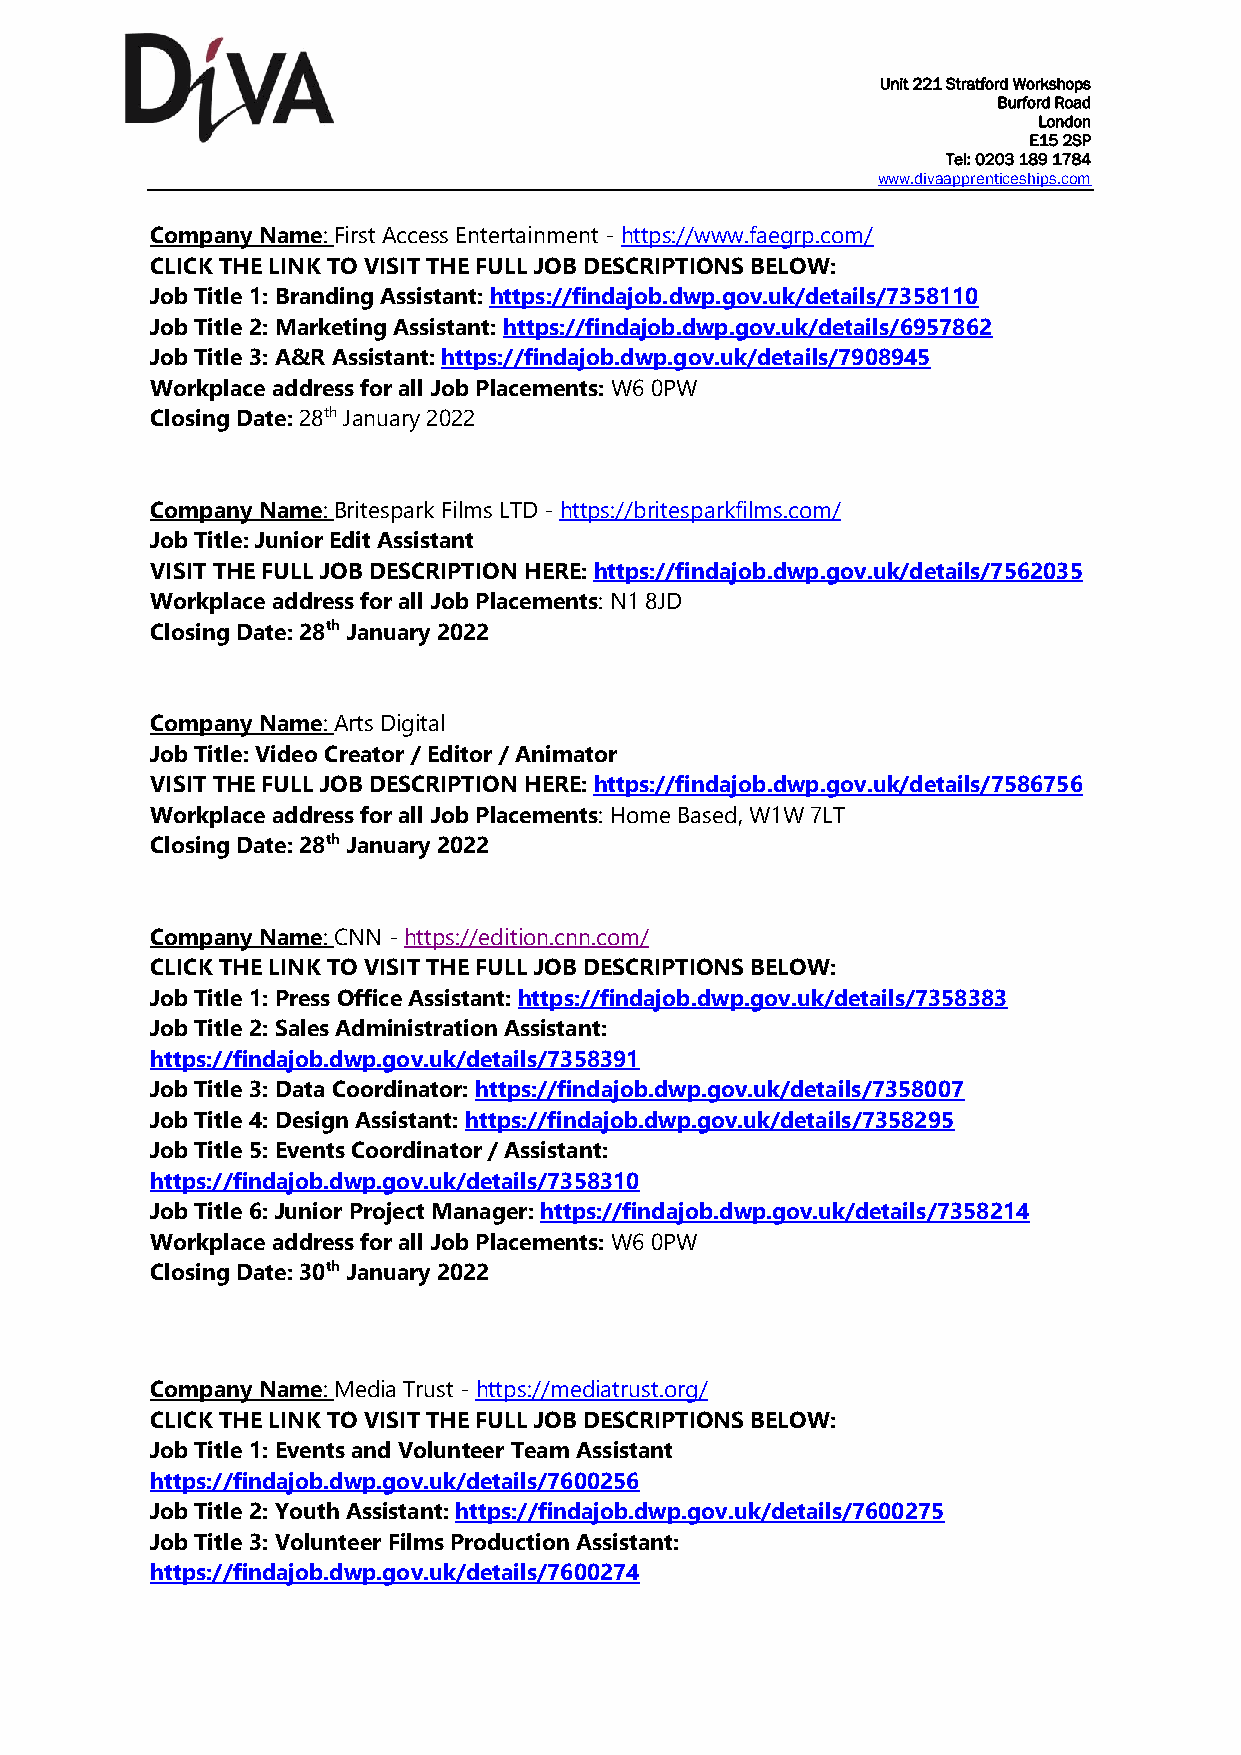
Unit 221 Stratford Workshops
 Burford Road
 London
 E15 2SP
 Tel: 0203 189 1784
 www.divaapprenticeships.com
 Company Name: First Access Entertainment - https://www.faegrp.com/
 CLICK THE LINK TO VISIT THE FULL JOB DESCRIPTIONS BELOW:
 Job Title 1: Branding Assistant: https://findajob.dwp.gov.uk/details/7358110
 Job Title 2: Marketing Assistant: https://findajob.dwp.gov.uk/details/6957862
 Job Title 3: A&R Assistant: https://findajob.dwp.gov.uk/details/7908945
 Workplace address for all Job Placements: W6 0PW
 Closing Date: 28th January 2022
 Company Name: Britespark Films LTD - https://britesparkfilms.com/
 Job Title: Junior Edit Assistant
 VISIT THE FULL JOB DESCRIPTION HERE: https://findajob.dwp.gov.uk/details/7562035
 Workplace address for all Job Placements: N1 8JD
 Closing Date: 28th January 2022
 Company Name: Arts Digital
 Job Title: Video Creator / Editor / Animator
 VISIT THE FULL JOB DESCRIPTION HERE: https://findajob.dwp.gov.uk/details/7586756
 Workplace address for all Job Placements: Home Based, W1W 7LT
 Closing Date: 28th January 2022
 Company Name: CNN - https://edition.cnn.com/
 CLICK THE LINK TO VISIT THE FULL JOB DESCRIPTIONS BELOW:
 Job Title 1: Press Office Assistant: https://findajob.dwp.gov.uk/details/7358383
 Job Title 2: Sales Administration Assistant:
 https://findajob.dwp.gov.uk/details/7358391
 Job Title 3: Data Coordinator: https://findajob.dwp.gov.uk/details/7358007
 Job Title 4: Design Assistant: https://findajob.dwp.gov.uk/details/7358295
 Job Title 5: Events Coordinator / Assistant:
 https://findajob.dwp.gov.uk/details/7358310
 Job Title 6: Junior Project Manager: https://findajob.dwp.gov.uk/details/7358214
 Workplace address for all Job Placements: W6 0PW
 Closing Date: 30th January 2022
 Company Name: Media Trust - https://mediatrust.org/
 CLICK THE LINK TO VISIT THE FULL JOB DESCRIPTIONS BELOW:
 Job Title 1: Events and Volunteer Team Assistant
 https://findajob.dwp.gov.uk/details/7600256
 Job Title 2: Youth Assistant: https://findajob.dwp.gov.uk/details/7600275
 Job Title 3: Volunteer Films Production Assistant:
 https://findajob.dwp.gov.uk/details/7600274